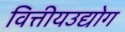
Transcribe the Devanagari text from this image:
वित्तीयउद्योग